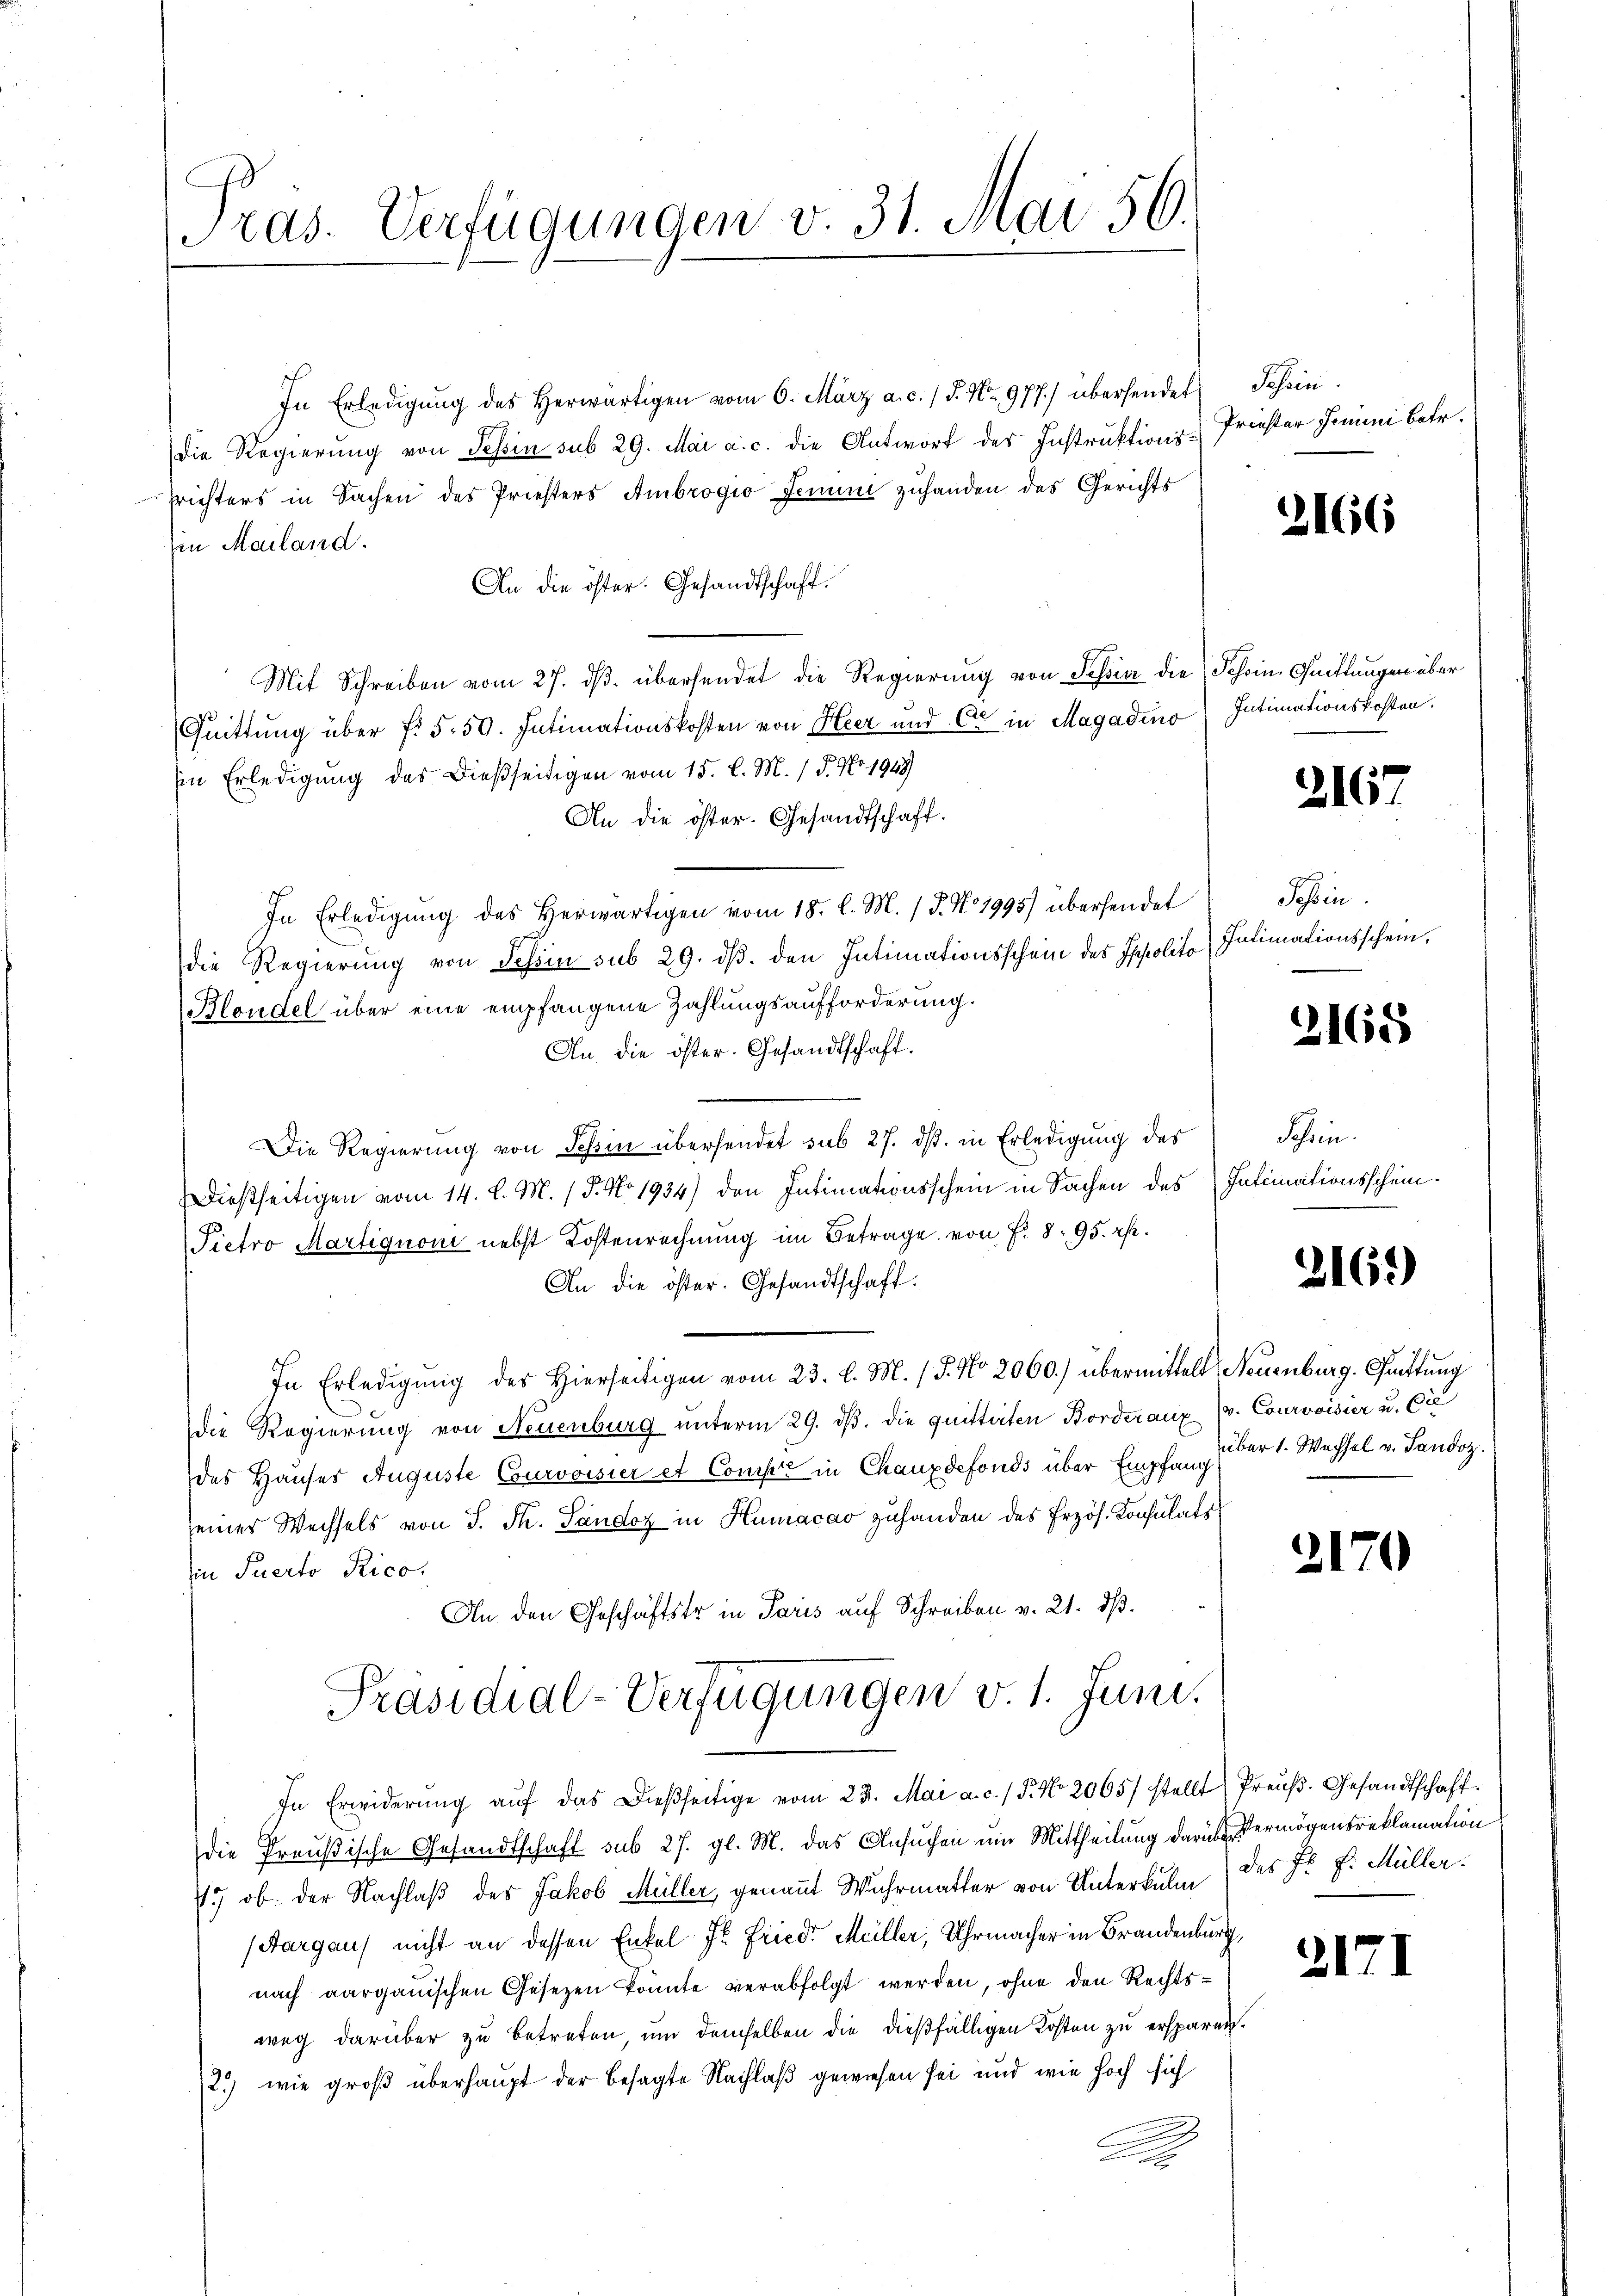
g

Pras. Verfügungen v. 31. Mai 56.

In Erledigŭng des herwärtigen vom 6. März a. c. / 5. No. 977.) übersendet
Die Regierung von Tessin sub 29. Mai a. c. die Antwort des Instruktions¬
Prichters in Sachen des Priesters Ambrogio Jenum zuhanden des Gerichts
Ein Mailand.
An die öster. Gesandtschaft.
Mit Schreiben vom 27. dβ übersendet die Regierung von Schin die Schein Guhlungen über
1
Quittung über f. 550. Intimationskosten von Heer und C in Magadino Intimationskosten.
in Erledigung des dießseitigen vom 15. l. M. / P. No. 1948)
An die öster. Gesandtschaft.
In Erledigung des Herwärtigen vom 18. l. M. P. No 1995) übersendet
die Regierung von Schön sub 29. dβ. den Intimationsschein des Spolito Intimationsschein,
Bloudel über eine empfangene Zahlungsaufforderung.
An die öster. Gesandtschaft.
Die Regierung von Tessin übersendet sub 27. dβ. in Erledigung des
Dießseitigen vom 14. d. M. / P. No 1934) den Intimationsschein in Sachen des Intimationsschein¬
Pietro Martignon nebst Kostenrechnung im Betrage von f. 8. 95. rp.
An die öster. Gesandtschaft.
In Erledigŭng des Hierseitigen vom 23. d. M. (T. No 2060.) übermittelt Neuenburg. Quittung
die Regierung von Neuenburg unterm 29. dβ. die quittirten Borderaux (v. Courvoisier u. Cie
des Hauses Auguste Courvoisier et Comper in Chauxdefonds über Empfander 1. Wachsel v. Sandoz.
seiner Wechsels von S. Fr. Sandoz in Humacav zuhanden des Erzös. Konsulats
in Suerto Rico.
An den Geschäftstr in Paris auf Schreiben v. 21. dß.
Präsidial-Verfügungen v. 1. Juni.
In Erwiderŭng aŭf das Dieβseitige vom 23. Mai a. c. / P. No 2065/ stellt Preŭβ. Gesandtschaft.
die Preußische Gesandtschaft sub 27. gl. M. das Ansuchen ein Mittheilung darüber Vermögensreklamation
17 ob. der Nachlaß des Jakob Müller, genannt Wuhrmatter von Unterkulm des Fr. v. Müller.
(Aargaus nicht an dessen Enkel Fr. Fried Müller, Uhrmacher in Brandenburg,
nach aarganischen Gesetzen könnte verabfolgt werden, ohne den Rechtsweg darüber zu betreten, um demselben die dießfälligen Kosten zu ersparen.
2.) wie groß überhaupt der besagte Nachlaß gewiesen sei und wie hoch sich
x

Schein
Priester Jenni betr.

2166

2167

Sohin

2165

Schein.

2169)

2170

2171